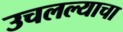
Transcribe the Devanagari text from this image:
उचलल्याचा